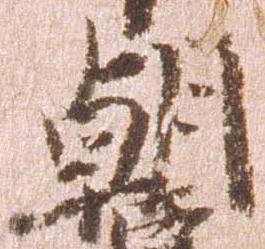
朝